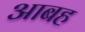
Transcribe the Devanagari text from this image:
आबह